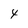
Character: 4